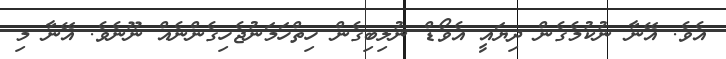
އެވެ. އޭނާ ނުކުމެގެން ދިޔައީ އެވޯޑް ނުލިބިގެން ހިތްހަމަނުޖެހިގެންނެއް ނޫނެވެ. އޭނާ މި